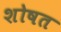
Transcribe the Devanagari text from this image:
शोषत